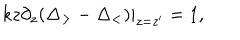
k z \partial _ { z } ( \Delta _ { > } - \Delta _ { < } ) | _ { z = z ^ { \prime } } = 1 ,